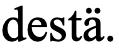
destä.